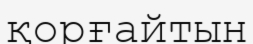
қорғайтын